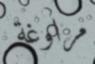
مراوغة